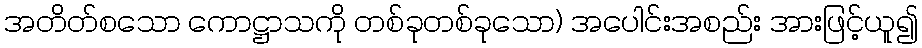
အတိတ်စသော ကောဋ္ဌာသကို တစ်ခုတစ်ခုသော) အပေါင်းအစည်း အားဖြင့်ယူ၍